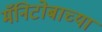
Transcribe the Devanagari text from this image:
मॅनिटोबाच्या